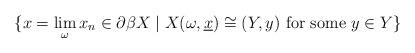
LaTeX: \begin{align*}\{x = \lim\limits_\omega x_n \in \partial \beta X \mid X(\omega,\underline{x}) \cong (Y,y) \mbox{ for some } y\in Y\}\end{align*}